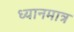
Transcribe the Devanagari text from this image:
ध्यानमात्र